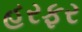
હરફર